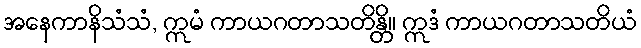
အနေကာနိသံသံ, ဣမံ ကာယဂတာသတိန္တိ။ ဣဒံ ကာယဂတာသတိယံ